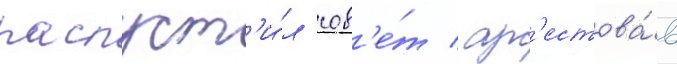
распуст'и́л сов'е́т / ар'естова́в